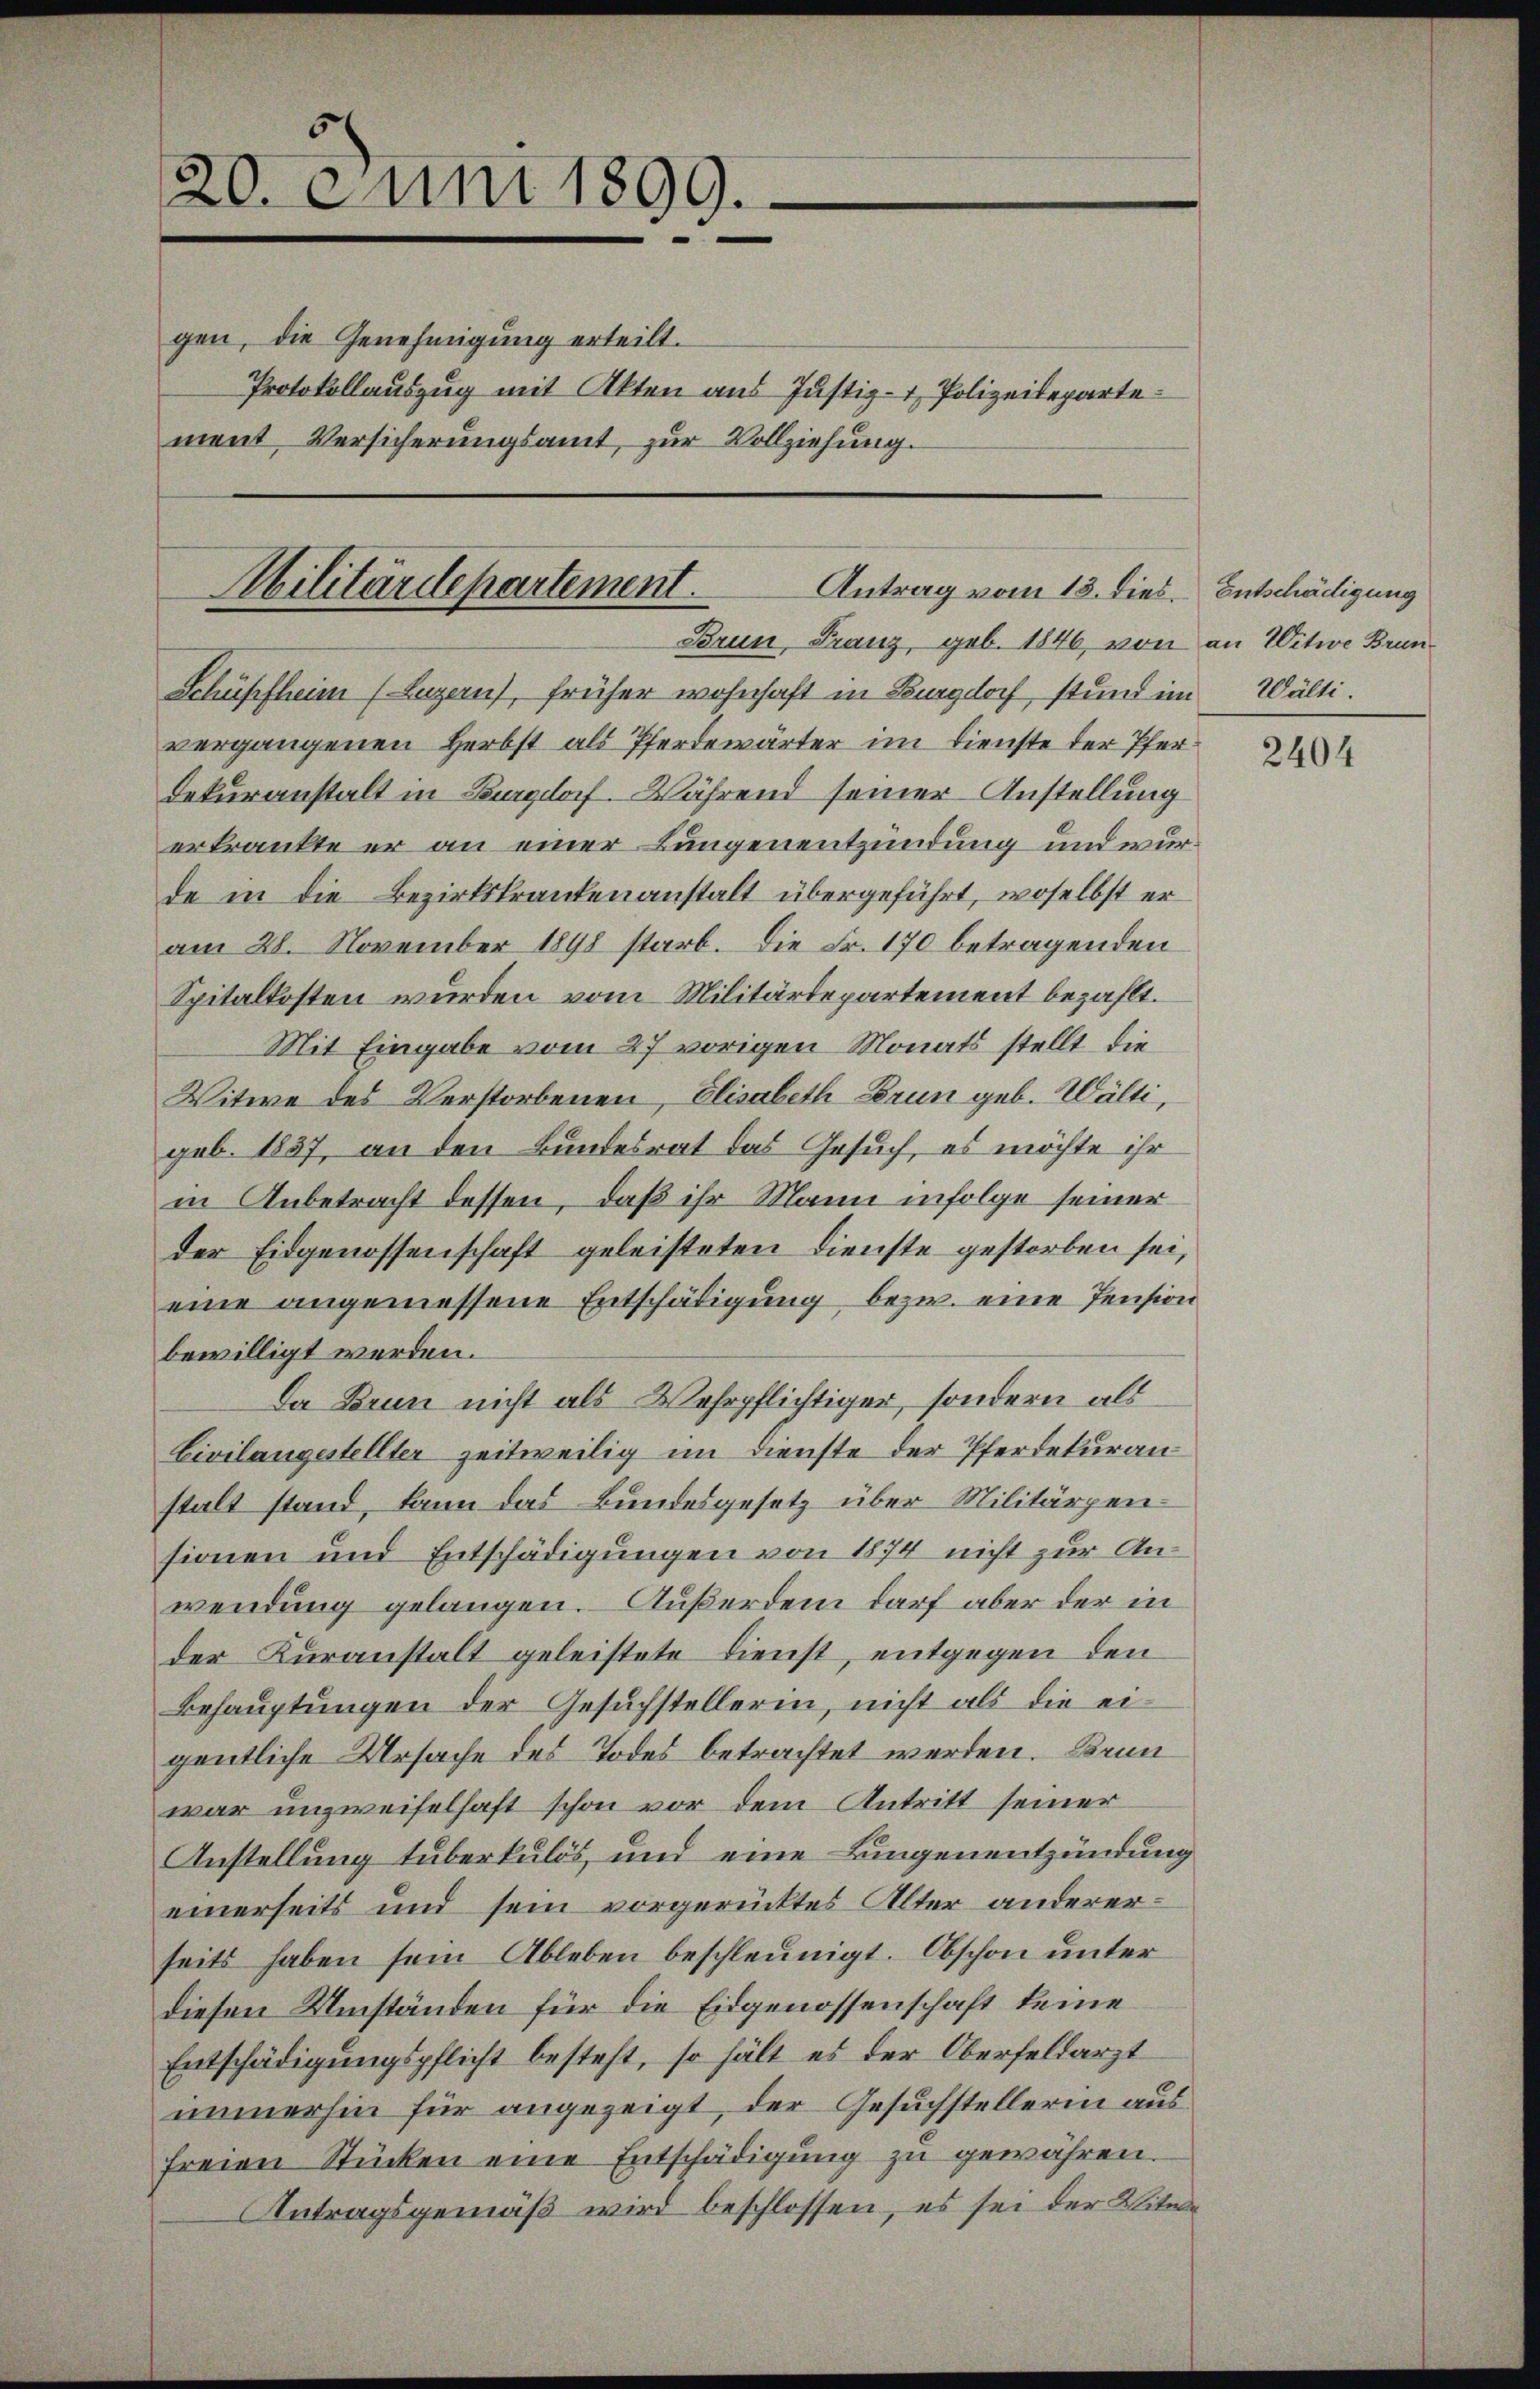
5
20. Juni 1899.

gen, die Genehmigung erteilt.
Protokollauszug mit Akten aus Justiz- & Polizeidepartement Versicherungsamt, zur Vollziehung.

vergangenen Herbst als Pferdewärter im Dienste der Pfer¬
Dekuranstalt in Burgdorf. Während seiner Anstellung
erkrankte er an einer Lungenentzündung und wurde in die Bezirkskrankenanstalt übergeführt, woselbst er
am 28. November 1898 starb. Die Fr. 170 betragenden
Spitalkosten wurden vom Militärdepartement bezahlt.
Mit Eingabe vom 27 vorigen Monats stellt, die
Witwe des Verstorbenen, Elisabeth Brun geb. Wälti,
geb. 1857, an den Bundesrat das Gesuch, es möchte ihr
in Anbetracht dessen, daß ihr Mann infolge seiner
der Eidgenossenschaft geleisteten Dienste gestorben sei,
eine angemessene Entschädigung bezw. eine Pension
bewilligt werden.
Da Brun nicht als Wehrpflichtiger, sondern als
Civilangestellter zeitweilig im Dienste der Pferdekuran
stalt stand, kann das Bundesgesetz über Militärpensionen und Entschädigungen von 1874 nicht zur Anwendung gelangen. Außerdem darf aber der in
der Kuranstalt geleistete Dienst, entgegen den
Behauptungen der Gesuchstellerin, nicht als die eigentliche Ursache des Todes betrachtet werden. Brun
war unzweifelhaft schon vor dem Antritt seiner
Anstellung tuberkulös, und eine Lungenentzündung
einerseits und sein vorgerücktes Alter andererseits haben sein Ableben beschleunigt. Obschon unter
diesen Umständen für die Eidgenossenschaft keine
Entschädigungspflicht besteht, so hält es der Oberfeldarzt
immerhin für angezeigt, der Gesuchstellerin aus
freien Stücken eine Entschädigung zu gewähren.
Antragsgemäß wird beschlossen, es sei der Witwe

Antrag vom 13. dies
Militärdepartement.
Brun, Franz geb. 1846, von an Witwe Brun¬
Schüpfheim (Luzern), früher wohnhaft in Burgdorf stund im Wälti

Entschädigung

2404